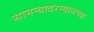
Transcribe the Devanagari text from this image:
सामन्यादरम्यानच्या